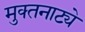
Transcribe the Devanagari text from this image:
मुक्‍तनाट्ये